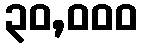
၃၀,၀၀၀